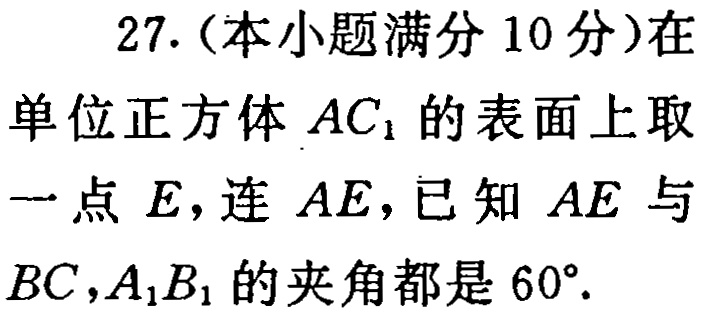
27.（本小题满分 10 分）在单位正方体 \(AC_{1}\) 的表面上取一点 \(E\)，连 \(AE\)，已知 \(AE\) 与 \(BC\)，\(A_{1}B_{1}\) 的夹角都是 \(60^{\circ}\).